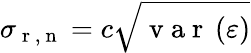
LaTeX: \sigma_{\mathrm{~r~,~n~}}=c\sqrt{\mathrm{~v~a~r~}\left(\varepsilon\right)}